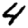
Digit: 4